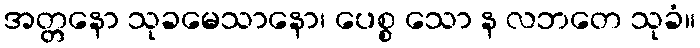
အတ္တနော သုခမေသာနော၊ ပေစ္စ သော န လဘတေ သုခံ။